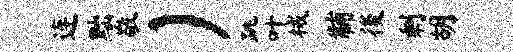
连黜敬）跳叶械黼後剩胡